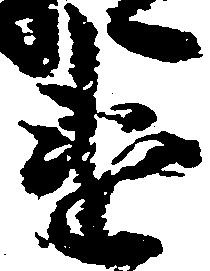
違